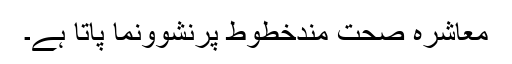
معاشرہ صحت مندخطوط پرنشوونما پاتا ہے۔